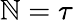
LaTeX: \mathbb{N}=\tau